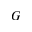
G